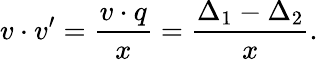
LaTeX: v\cdot v^{\prime}=\frac{v\cdot q}{x}=\frac{\Delta_{1}-\Delta_{2}}{x}.